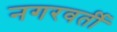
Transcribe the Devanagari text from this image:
नगरवर्ती